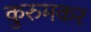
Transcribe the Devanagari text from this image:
कुरुमकर